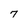
Character: 7